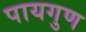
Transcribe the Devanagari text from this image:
पायगुण